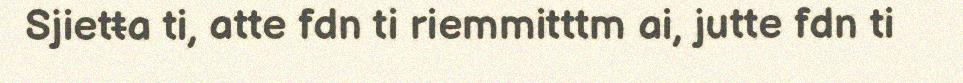
Sjietŧa ti, atte fdn ti riemmitttm ai, jutte fdn ti